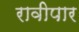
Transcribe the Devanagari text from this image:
रावीपार